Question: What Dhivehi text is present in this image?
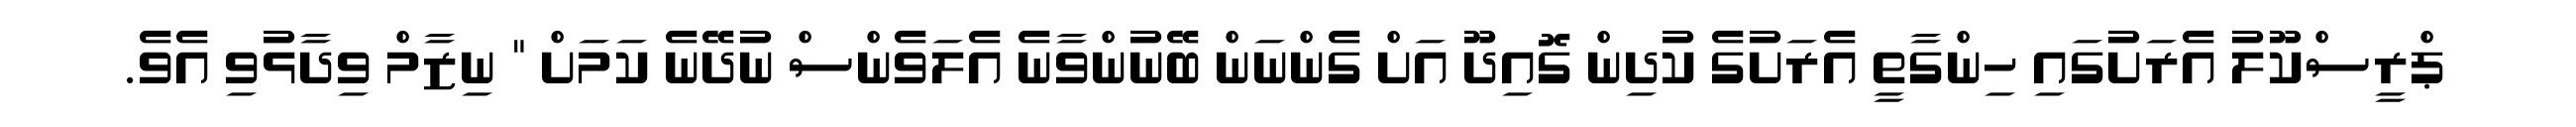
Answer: ޕްރީސްކޫލު އެރަށުގައި ހިންގާތީ އެރަށުގެ ކުދިން ގޮއިދޫ އަށް ގެންނަން ބޭނުންވާނެ އެލަވެންސް ނުދޭނެ ކަމަށް " ނިޒާމް ވިދާޅުވި އެވެ.